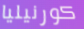
كورنيليا